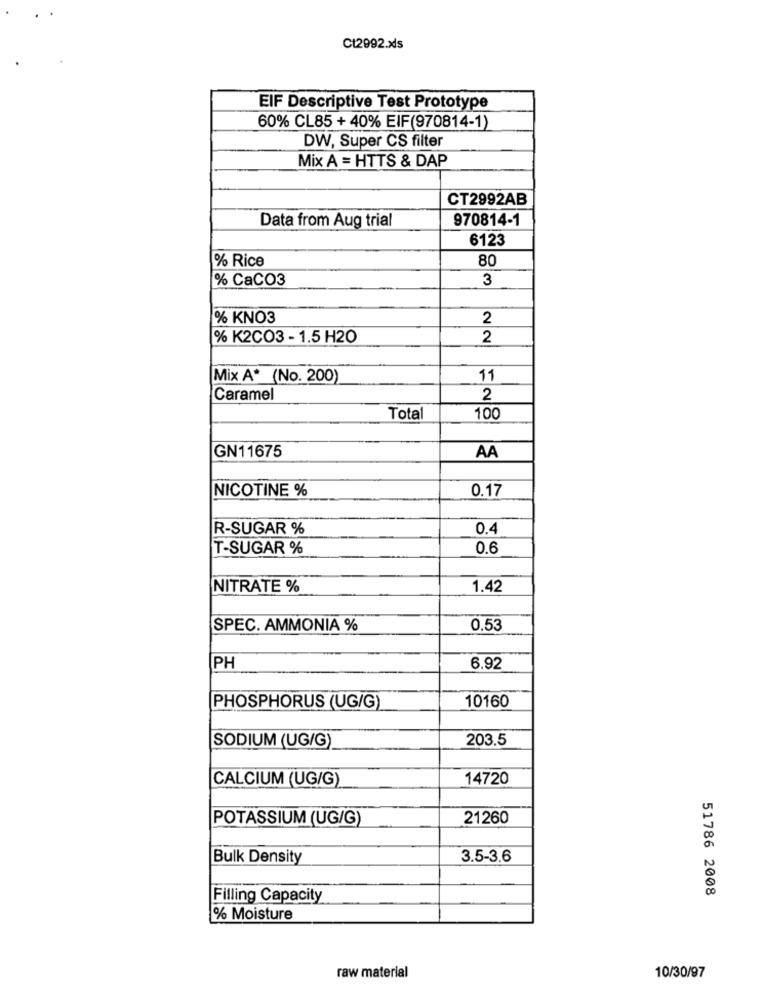
Ct2992.xls
EIF Descriptive Test Prototype
60% CL85 + 40% EIF(970814-1)
DW, Super CS filter
Mix A = HTTS & DAP
CT2992AB
Data from Aug trial
970814-1
6123
% Rice
80
% CaCO3
3
% KNO3
2
% K2CO3 - 1.5 H20
2
Mix A* (No. 200)
11
Caramel
2
Total
100
GN11675
AA
NICOTINE %
0.17
R-SUGAR %
0.4
T-SUGAR %
0.6
NITRATE %
1.42
SPEC. AMMONIA %
0.53
PH
6.92
10160
PHOSPHORUS (UG/G)
203.5
SODIUM (UG/G)
CALCIUM (UG/G)
14720
POTASSIUM (UG/G)
21260
Bulk Density
3.5-3.6
51786 2008
Filling Capacity
% Moisture
raw material
10/30/97